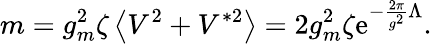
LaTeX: m=g_{m}^{2}\zeta\left<V^{2}+V^{*2}\right>=2g_{m}^{2}\zeta\mathrm{e}^{-{\frac{2\pi}{g^{2}}}\Lambda}.